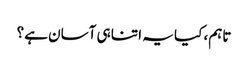
تاہم، کیا یہ اتنا ہی آسان ہے؟